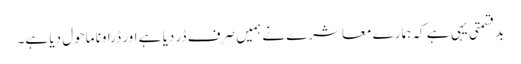
بدقسمتی یہی ہے کہ ہمارے معاشرے نے ہمیں صرف ڈر دیا ہے اور ڈراونا ماحول دیا ہے۔